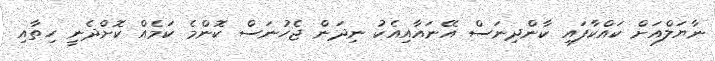
ނާޔަލްއަށް ކައްކާފައި ކާންދިނަސް އޭނައާއިއެކު ނިދަން ޖެހުނަސް ކޮންމެ ކަމެއް ކޮށްދެނީ ހިތާއި